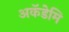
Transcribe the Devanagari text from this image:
अकॅडेमि